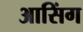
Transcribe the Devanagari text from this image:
आसिंग